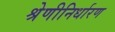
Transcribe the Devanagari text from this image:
श्रेणीनिर्धारण